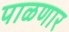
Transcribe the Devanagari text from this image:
पाळणार